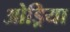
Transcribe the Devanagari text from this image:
ओड्रिया